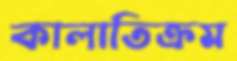
কালাতিক্রম